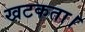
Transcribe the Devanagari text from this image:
खटकता।